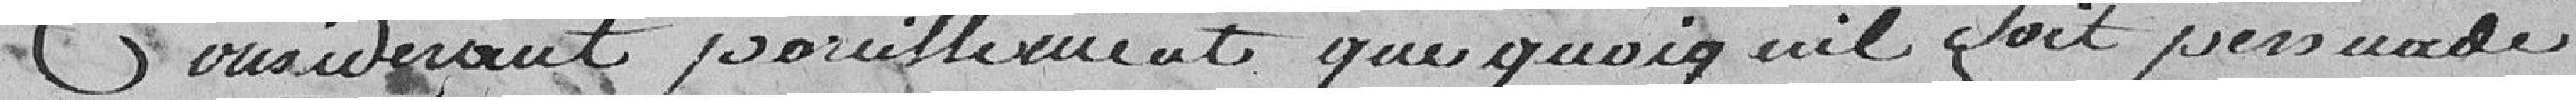
Considérant pareillement que quoiqu'il soit persuadés